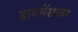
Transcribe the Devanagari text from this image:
डायमेंशनल